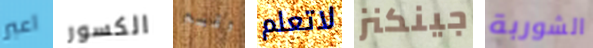
اعبر الكسور وقسم لاتعلم جينكنز الشوربة